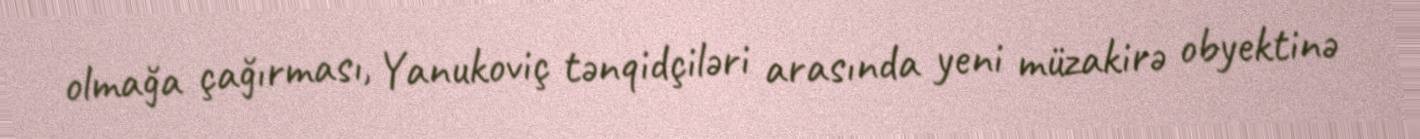
olmağa çağırması, Yanukoviç tənqidçiləri arasında yeni müzakirə obyektinə